Report of the King Institute of Preventive Medicine, Guindy
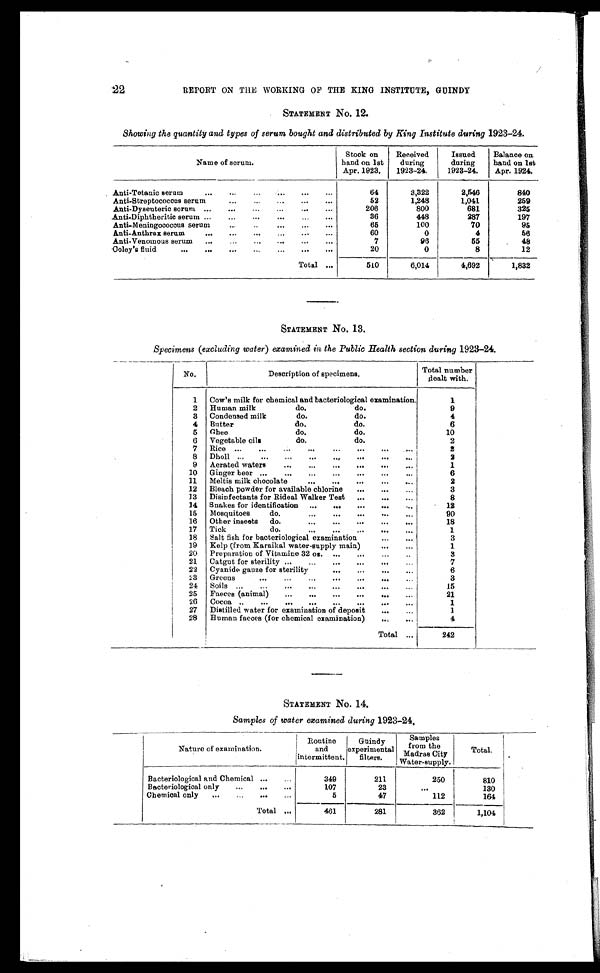
22
REPORT ON THE WORKING OF THE KING INSTITUTE, GUINDY
STATEMENT No. 12.
Showing the quantity and types of serum bought and distributed by King Institute during 1923-24.
Name of serum.
Stook on
hand on 1st
Apr. 1923.
Received
during
1923-24.
Issued
during
1923-24.
Balance on.
hand on 1st
Apr. 1924.
Anti-Tetanic serum
. . .
64
3,322
2,546
840
Anti-Streptococcus serum . . .
52
1,248
1,041
259
Anti-Dyseuteric serum . . .
206
800
681
325
Anti-Diphtheritic serum . . .
36
448
287
197
Anti-Meningococous serum . . .
65
100
70
95
Anti-Anthrax serum . . .
60
0
4
56
Anti-Venomous serum . . .
7
96
55
48
C o l e y ' s f l u i d . . .
20
0
8
12
Total . . .
510
6,014
4,692
1,832
STATEMENT No. 13.
Specimens (excluding water) examined in the Public Health section during 1923-24.
No.
Description of specimens.
Total number
dealt with.
1
Cow's milk for chemical and bacteriological examination.
1
2
Human milk
do.
do.
9
3
Condensed milk
do.
do.
4
4
Butter
do.
do.
6
5 Ghee
do.
do.
10
6
Vegetable oils
do.
do.
2
7
Rice . . .
2
8
D h o l l
. . .
2
9
Aerated waters . . .
1
10
Ginger beer . . .
6
11
Meltis milk chocolate . . .
2
12
Bleach powder for available chlorine . . .
3
13
Disinfectants for Rideal Walker Test . . .
8
14
Snakes for identification . . .
12
15
Mosquitoes
do. . . .
90
16
Other insects
do. . . .
18
17 Tick
do. . . .
1
18 Salt fish for bacteriological examination . . .
3
19
Kelp (from Karaikal water-supply main) . . .
1
20
Preparation of Vitamine 32 os . . . .
3
21 Catgut for sterility . . .
7
22 Cyanide gauze ffor sterility . . .
6
23 Greens . . .
3
24 Soils . . .
15
25
Faeces (animal) . . .
21
26 Cocoa . . .
1
27 Distilled water for examination of deposit . . .
1
28 Human faeces (for chemical examination) . . .
4
Total . . .
242
STATEMENT No. 14.
Samples of water examined during 1923-24.
Nature of examination.
Routine
and
intermittent.
Gnindy
experimental
filters.
Samples
from the
Madras City
w a t e r - s u p p l y
.
Total.
B a c t e r i o l o g i c a l a n d C h e m i c a l . . .
349
211
250
810
Bacteriological only . . .
107
23
. . .
130
Chemical only . . .
5
47
112
164
Total . . .
461
281
362
1,104